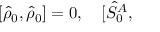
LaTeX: \lbrack \hat { \rho } _ { 0 } , \hat { \rho } _ { 0 } ] = { 0 } , \quad \lbrack \hat { S } _ { 0 } ^ { A } ,